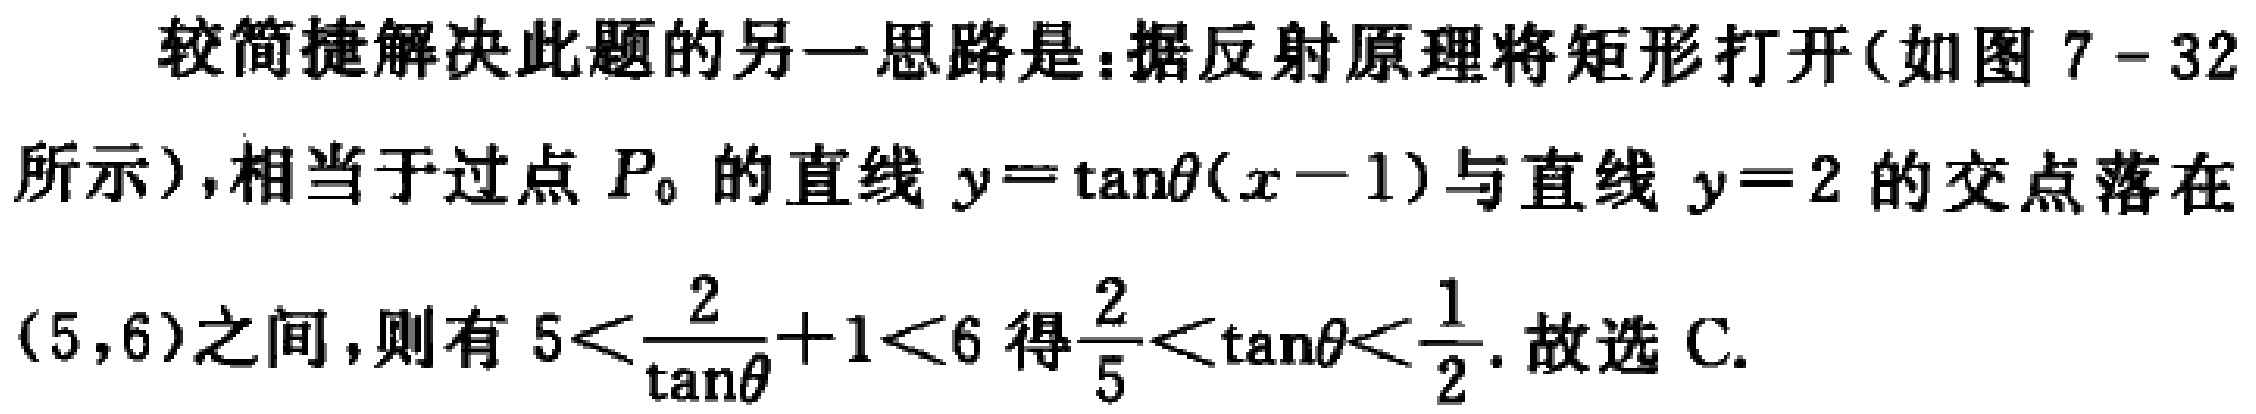
较简捷解决此题的另一思路是：据反射原理将矩形打开(如图 7 - 32所示)，相当于过点 \(P_{0}\) 的直线 \(y = \tan\theta(x - 1)\) 与直线 \(y = 2\) 的交点落在\((5,6)\)之间，则有 \(5<\frac{2}{\tan\theta}+1<6\) 得 \(\frac{2}{5}<\tan\theta<\frac{1}{2}\). 故选 C.